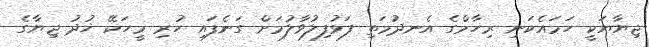
ޖިޔާޔަކީ ހަމައެކަނި ރިހާމްގެ އެނދުމަތި ފަޅުފިލުވާލުމަށް ގަނެފައި ހުރި މީހަކޭ ޚުދު ޖިޔާގެ